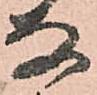
な